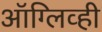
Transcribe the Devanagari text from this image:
ऑग्लिव्ही